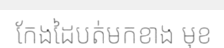
កែងដៃបត់មកខាង មុខ